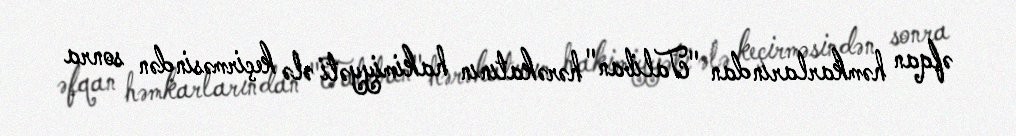
əfqan həmkarlarından "Taliban" hərəkatının hakimiyyəti ələ keçirməsindən sonra